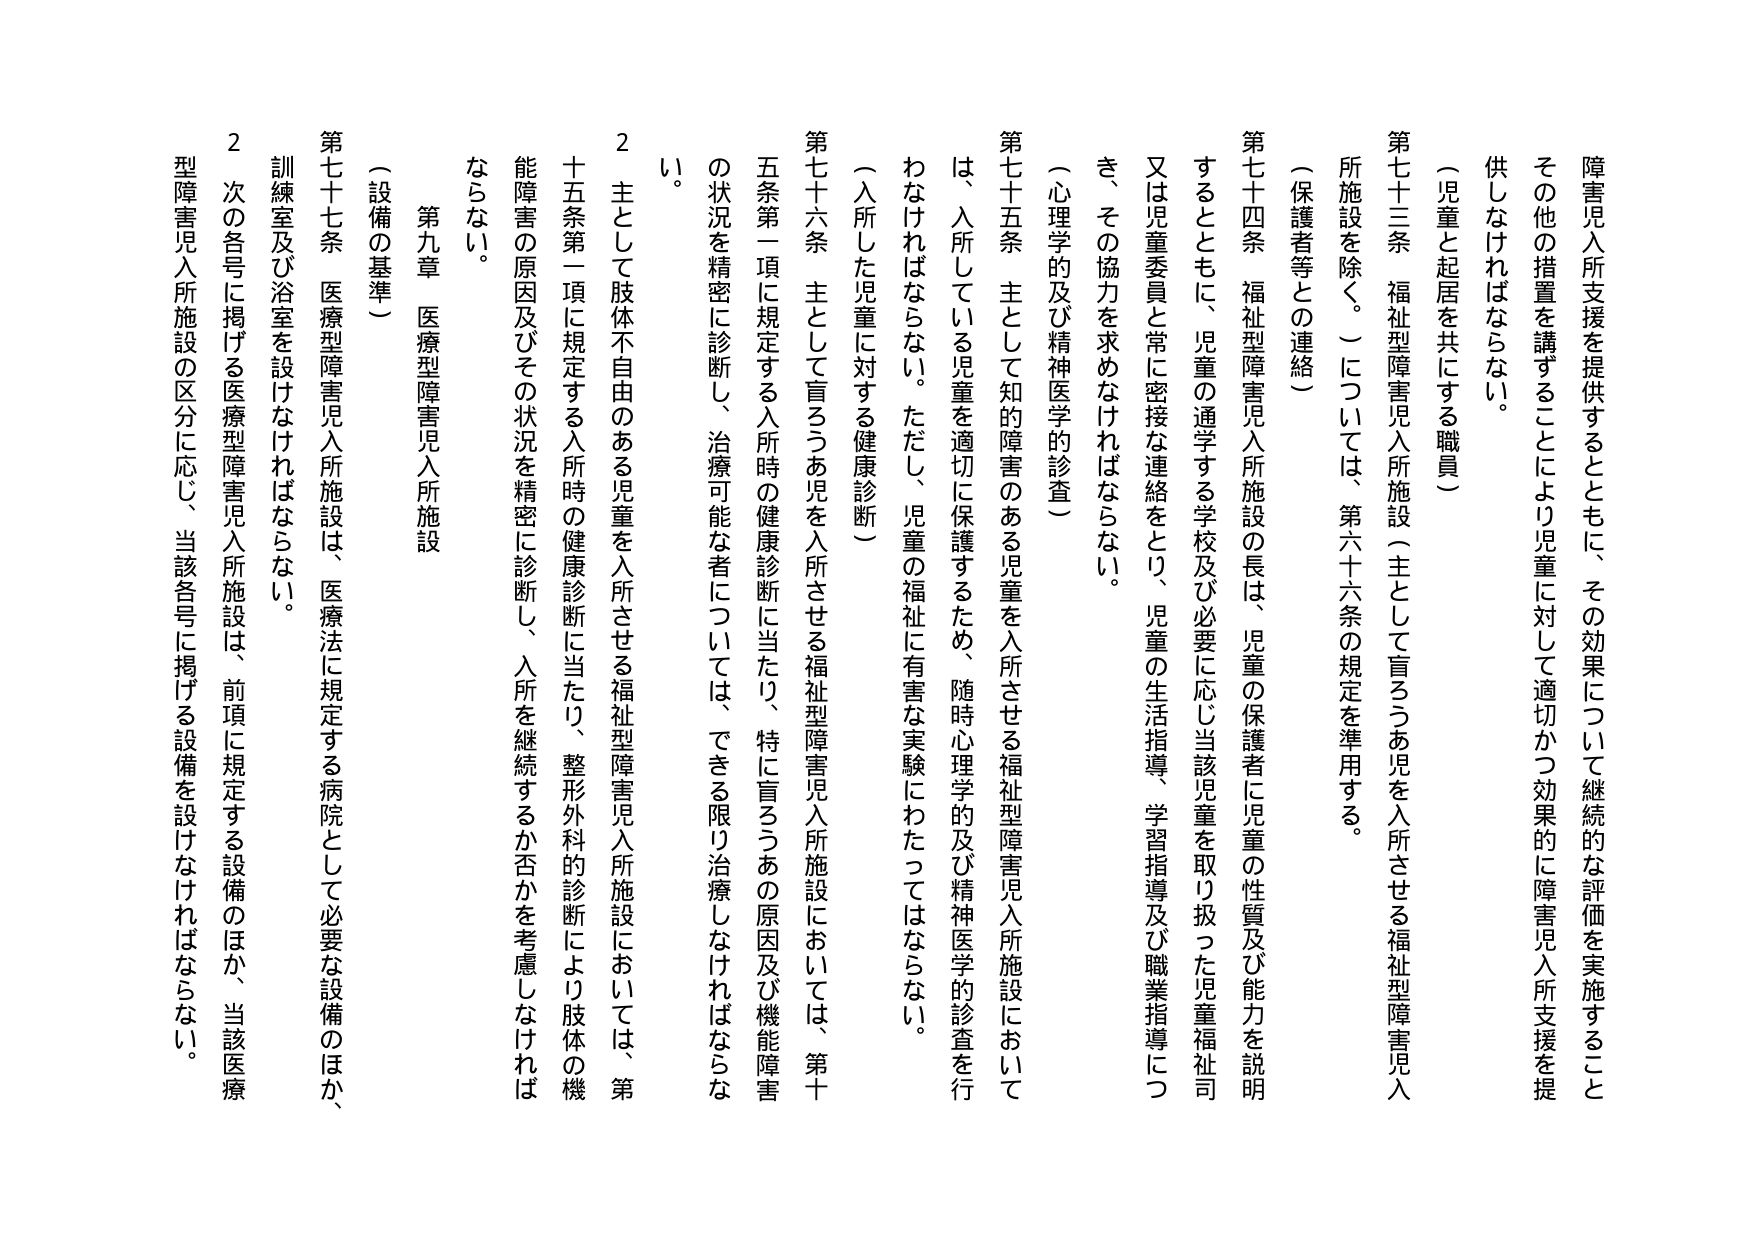
障害児入所支援を提供するとともに、その効果について継続的な評価を実施すること
その他の措置を講ずることにより児童に対して適切かつ効果的に障害児入所支援を提
供しなければならない。

（児童と起居を共にする職員）
第七十三条　福祉型障害児入所施設（主として盲ろうあ児を入所させる福祉型障害児入
所施設を除く。）については、第六十六条の規定を準用する。

（保護者等との連絡）
第七十四条　福祉型障害児入所施設の長は、児童の保護者に児童の性質及び能力を説明
するとともに、児童の通学する学校及び必要に応じ当該児童を取り扱った児童福祉司
又は児童委員と常に密接な連絡をとり、児童の生活指導、学習指導及び職業指導につ
き、その協力を求めなければならない。

（心理学的及び精神医学的診査）
第七十五条　主として知的障害のある児童を入所させる福祉型障害児入所施設において
は、入所している児童を適切に保護するため、随時心理学的及び精神医学的診査を行
わなければならない。ただし、児童の福祉に有害な実験にわたってはならない。

（入所した児童に対する健康診断）
第七十六条　主として盲ろうあ児を入所させる福祉型障害児入所施設においては、第十
五条第一項に規定する入所時の健康診断に当たり、特に盲ろうあの原因及び機能障害
の状況を精密に診断し、治療可能な者については、できる限り治療しなければならな
い。

2　主として肢体不自由のある児童を入所させる福祉型障害児入所施設においては、第
十五条第一項に規定する入所時の健康診断に当たり、整形外科的診断により肢体の機
能障害の原因及びその状況を精密に診断し、入所を継続するか否かを考慮しなければ
ならない。

第九章　医療型障害児入所施設

（設備の基準）
第七十七条　医療型障害児入所施設は、医療法に規定する病院として必要な設備のほか、
訓練室及び浴室を設けなければならない。
2　次の各号に掲げる医療型障害児入所施設は、前項に規定する設備のほか、当該医療
型障害児入所施設の区分に応じ、当該各号に掲げる設備を設けなければならない。